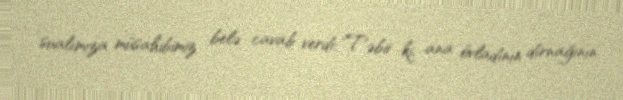
sualımıza müsahibimiz belə cavab verdi: ‘Təbii ki, ana övladının dırnağının